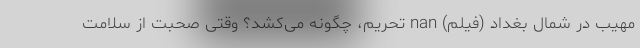
مهیب در شمال بغداد (فیلم) nan تحریم، چگونه می‌کُشد؟ وقتی صحبت از سلامت